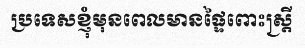
ប្រទេសខ្ញុំមុនពេលមានផ្ទៃពោះស្ត្រី